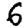
Digit: 6